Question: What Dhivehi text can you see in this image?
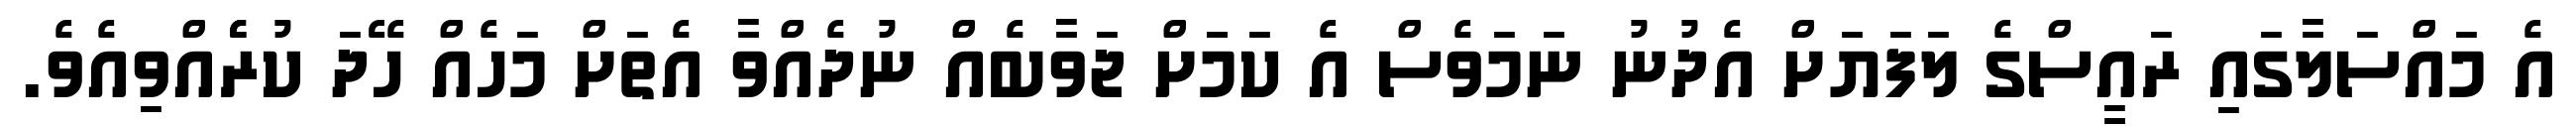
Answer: އެ މައްސަލާގައި ރައީސްގެ ލަފަޔަށް އެދުނު ނަމަވެސް އެ ކަމަަށް ޖަވާބެއް ނުދެއްވާ އެތަށް މަހެއް ހޭދަ ކުރެެެއްވިއެވެ.